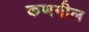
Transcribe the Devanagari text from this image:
कणगील